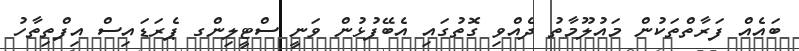
ބައެއް ފަރާތްތަކުން މައުލޫމާތު ދެއްވި ގޮތުގައި އެބޭފުޅުން ވަނީ ސްޓީލިންގ ޕެރަޑައިސް އިފްތިތާހު